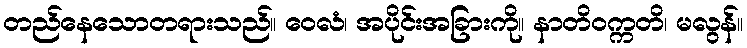
တည်နေသောတရားသည်။ ဝေလံ၊ အပိုင်းအခြားကို။ နာတိဝက္ကတိ၊ မလွန်။